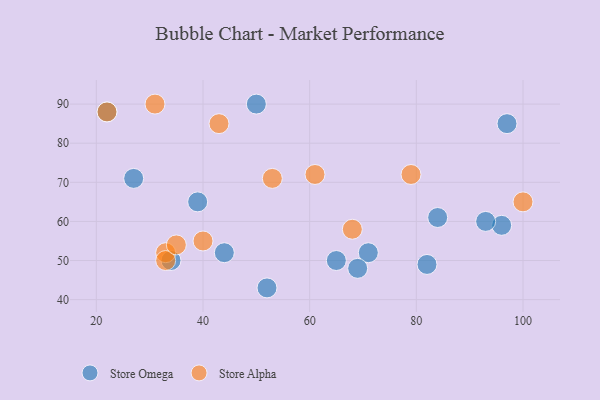
{"axis": {"x": "GDP", "y": "Life Expectancy"}, "legend": ["Store Alpha", "Store Omega"], "data": [{"x": "27", "y": 71, "type": "Store Omega"}, {"x": "71", "y": 52, "type": "Store Omega"}, {"x": "97", "y": 85, "type": "Store Omega"}, {"x": "65", "y": 50, "type": "Store Omega"}, {"x": "50", "y": 90, "type": "Store Omega"}, {"x": "96", "y": 59, "type": "Store Omega"}, {"x": "93", "y": 60, "type": "Store Omega"}, {"x": "39", "y": 65, "type": "Store Omega"}, {"x": "69", "y": 48, "type": "Store Omega"}, {"x": "52", "y": 43, "type": "Store Omega"}, {"x": "82", "y": 49, "type": "Store Omega"}, {"x": "84", "y": 61, "type": "Store Omega"}, {"x": "22", "y": 88, "type": "Store Omega"}, {"x": "44", "y": 52, "type": "Store Omega"}, {"x": "34", "y": 50, "type": "Store Omega"}, {"x": "31", "y": 90, "type": "Store Alpha"}, {"x": "79", "y": 72, "type": "Store Alpha"}, {"x": "33", "y": 52, "type": "Store Alpha"}, {"x": "40", "y": 55, "type": "Store Alpha"}, {"x": "33", "y": 50, "type": "Store Alpha"}, {"x": "43", "y": 85, "type": "Store Alpha"}, {"x": "68", "y": 58, "type": "Store Alpha"}, {"x": "35", "y": 54, "type": "Store Alpha"}, {"x": "22", "y": 88, "type": "Store Alpha"}, {"x": "61", "y": 72, "type": "Store Alpha"}, {"x": "53", "y": 71, "type": "Store Alpha"}, {"x": "100", "y": 65, "type": "Store Alpha"}]}